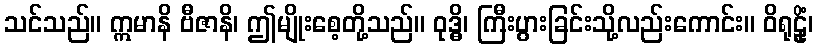
သင်သည်။ ဣမာနိ ဗီဇာနိ၊ ဤမျိုးစေ့တို့သည်။ ဝုဒ္ဓိ၊ ကြီးပွားခြင်းသို့လည်းကောင်း။ ဝိရုဠိုံ၊